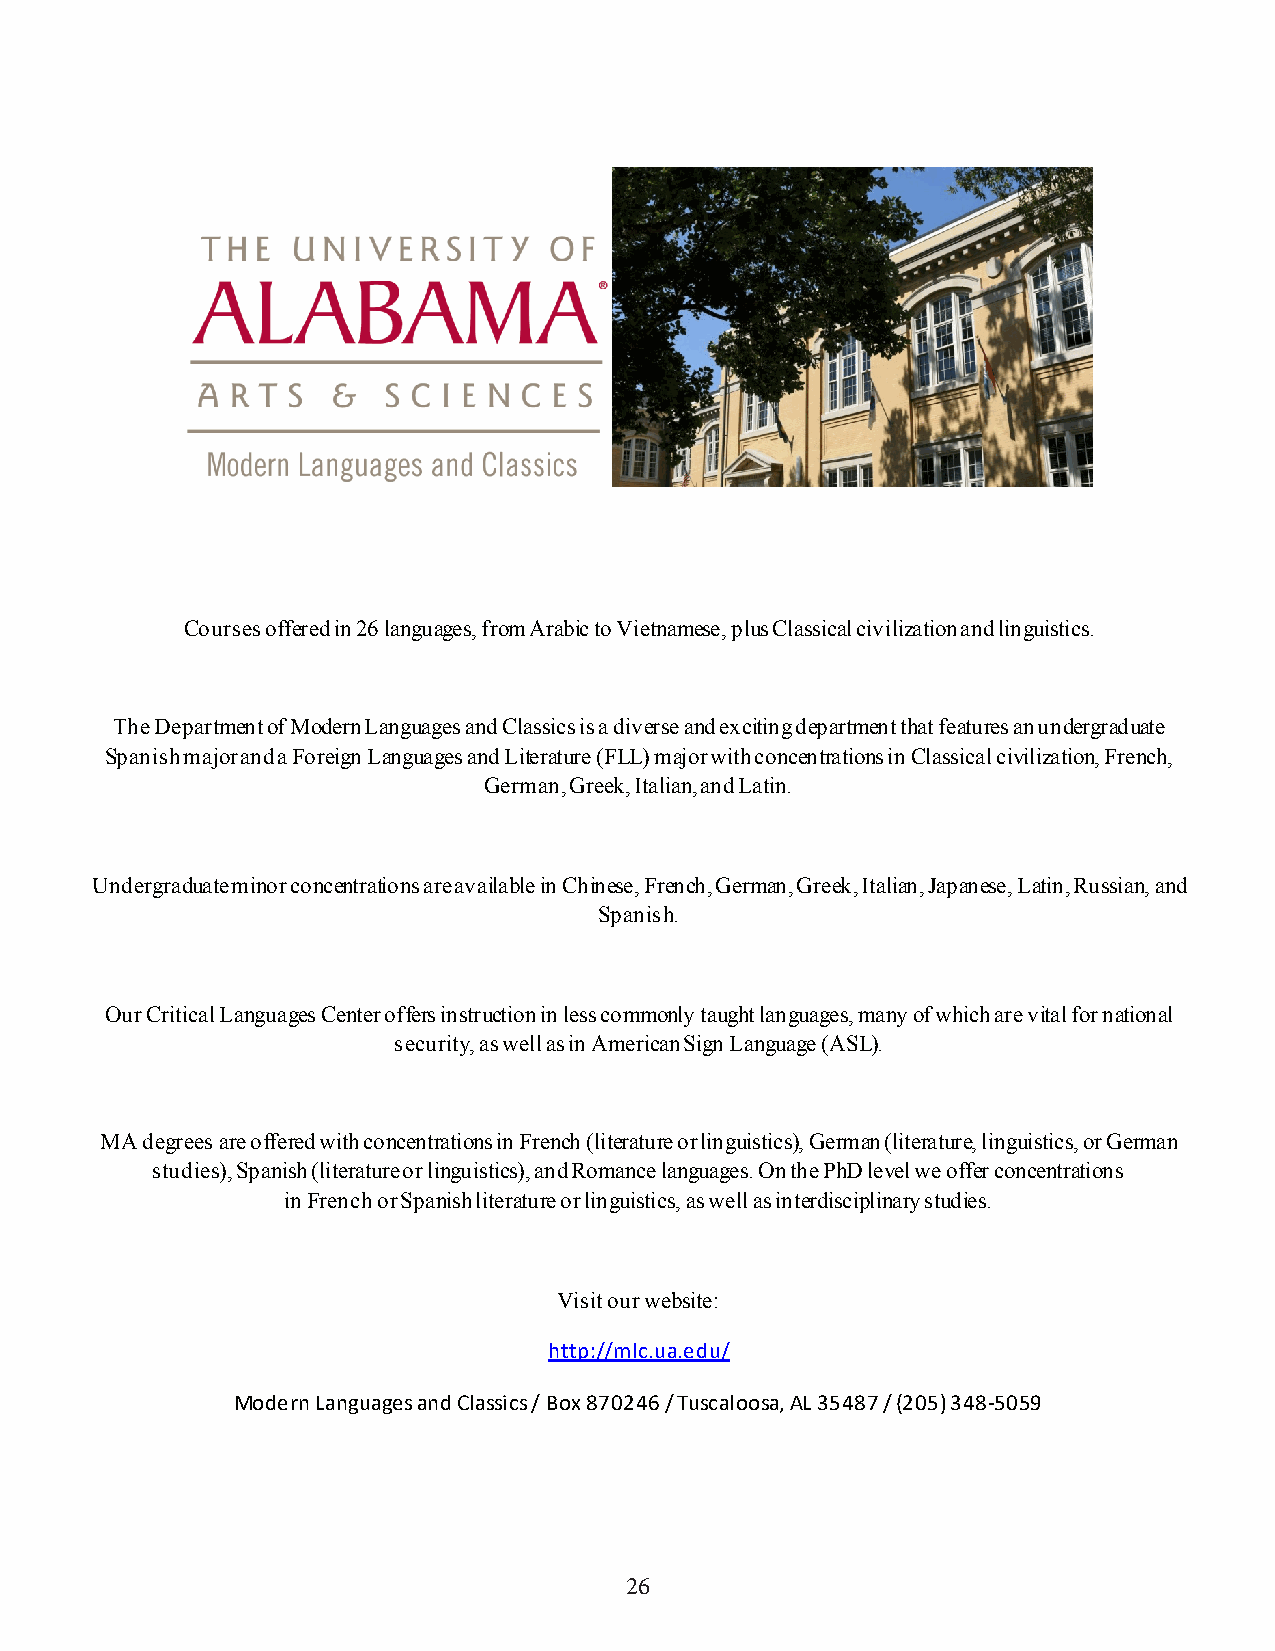
Courses offered in 26 languages, from Arabic to Vietnamese, plus Classical civilization and linguistics.
 The Department of Modern Languages and Classics is a diverse and exciting department that features an undergraduate
 Spanish major and a Foreign Languages and Literature (FLL) major with concentrations in Classical civilization, French,
 German, Greek, Italian, and Latin.
 Undergraduate minor concentrations are available in Chinese, French, German, Greek, Italian, Japanese, Latin, Russian, and
 Spanish.
 Our Critical Languages Center offers instruction in less commonly taught languages, many of which are vital for national
 security, as well as in American Sign Language (ASL).
 MA degrees are offered with concentrations in French (literature or linguistics), German (literature, linguistics, or German
 studies), Spanish (literature or linguistics), and Romance languages. On the PhD level we offer concentrations
 in French or Spanish literature or linguistics, as well as interdisciplinary studies.
 Visit our website:
 http://mlc.ua.edu/
 Modern Languages and Classics / Box 870246 / Tuscaloosa, AL 35487 / (205) 348-5059
 26